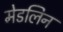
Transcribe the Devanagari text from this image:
मेडलिन